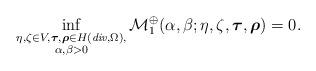
LaTeX: \begin{align*} \inf_{\substack{\eta,{\zeta} \in V, \boldsymbol{\tau},\boldsymbol{\rho} \in H(\emph{div},\Omega), \\ \alpha,\beta > 0}} \mathcal{M}_1^\oplus(\alpha,\beta;\eta,\zeta,\boldsymbol{\tau},\boldsymbol{\rho}) = 0.\end{align*}